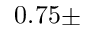
0 . 7 5 \pm